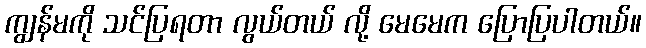
ကျွန်မကို သင်ပြရတာ လွယ်တယ် လို့ မေမေက ပြောပြပါတယ်။